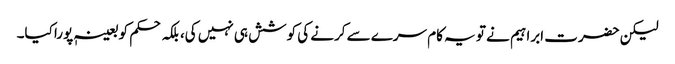
لیکن حضرت ابراہیم نے تو یہ کام سرے سے کرنے کی کوشش ہی نہیں کی، بلکہ حکم کو بعینہٖ پورا کیا۔